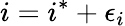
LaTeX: i=i^{*}+\epsilon_{i}